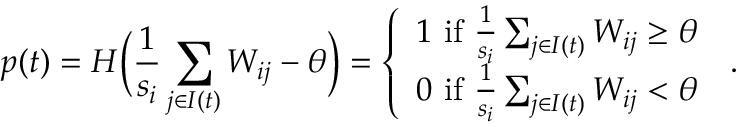
p ( t ) = H \biggl ( \frac { 1 } { s _ { i } } \sum _ { j \in I ( t ) } W _ { i j } - \theta \biggr ) = \left\{ \begin{array} { l l } { 1 \mathrm { ~ i f ~ } \frac { 1 } { s _ { i } } \sum _ { j \in I ( t ) } W _ { i j } \geq \theta } \\ { 0 \mathrm { ~ i f ~ } \frac { 1 } { s _ { i } } \sum _ { j \in I ( t ) } W _ { i j } < \theta } \end{array} \right. \, .